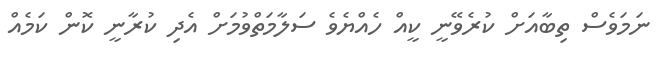
ނަމަވެސް ތިބާއަށް ކުރެވޭނީ ކީއް ހެއްޔެވެ ސަލާމަތްވުމަށް އެދި ކުރާނީ ކޮން ކަމެއް